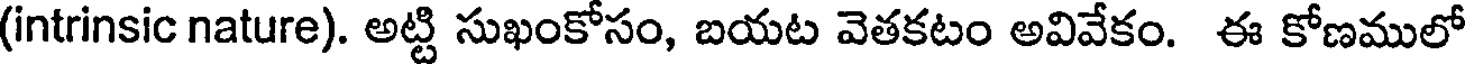
(intrinsic nature). అట్టి సుఖంకోసం, బయట వెతకటం అవివేకం. ఈ కోణములో